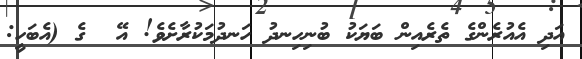
އަދި އެއުރެންގެ ތެރެއިން ބަޔަކު ބުނިހިނދު ހަނދުމަކުރާށެވެ! އޭ  ގެ (އެބަހީ: